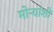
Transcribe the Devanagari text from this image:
मोर्‍यांशी